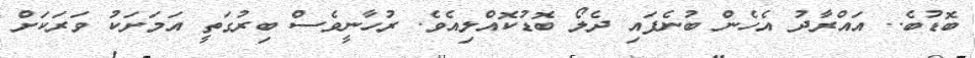
ބޮޑުބެ.. އައްރާދު އެހެން ބުނެފައި ދެލޯ ބޮޑުކޮއްލިއެވެ. ރުހާނީވެސް ބިރުގަތީ އަމަށަކު ވަރަކަށް